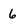
Character: 6